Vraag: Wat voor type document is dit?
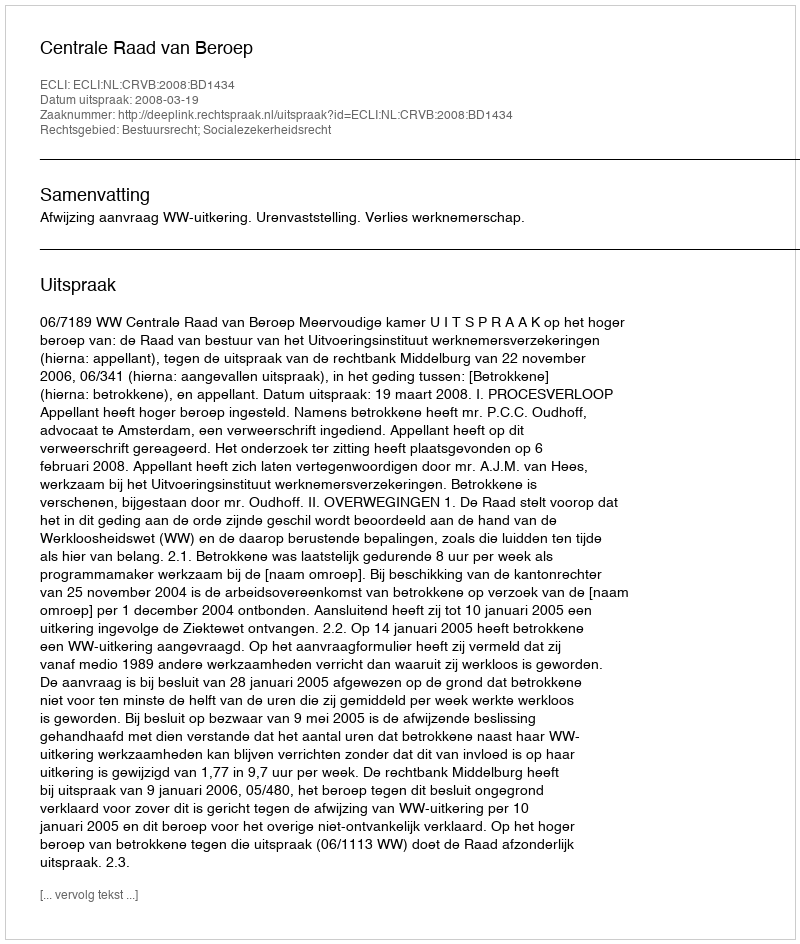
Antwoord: Uitspraak